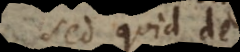
Sed quid de